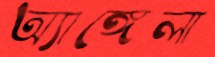
অ্যাঙ্গেলা